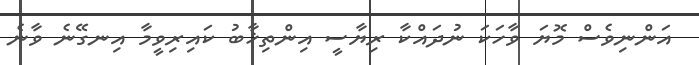
އަންނިވެސް މޮޔަ ވާހަކަ ނުދައްކާ ރިޔާސީ އިންތިޚާބު ކައިރިވީމާ އިނގޭނެ ވާނެ